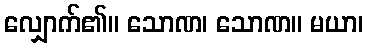
လျှောက်၏။ သောဏ၊ သောဏ။ မယာ၊